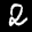
Label: 2